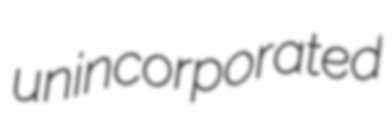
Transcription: unincorporated